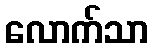
လောက်သာ